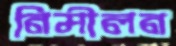
নিমীলন